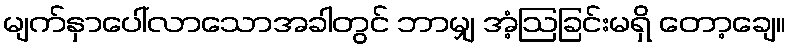
မျက်နှာပေါ်လာသောအခါတွင် ဘာမျှ အံ့ဩခြင်းမရှိ တော့ချေ။